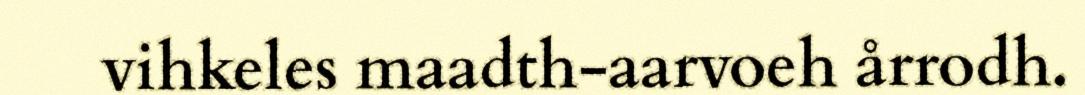
vihkeles maadth-aarvoeh årrodh.